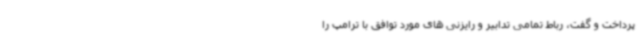
پرداخت و گفت، رباط تمامی تدابیر و رایزنی های مورد توافق با ترامپ را